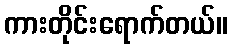
ကားတိုင်းရောက်တယ်။